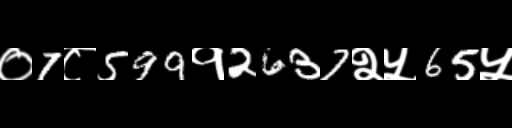
Text: ०7८599१2637२५65५